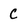
Character: C